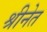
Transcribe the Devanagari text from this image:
श्रीनेत